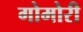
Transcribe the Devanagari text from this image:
गोमोरी